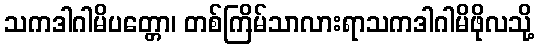
သကဒါဂါမိပတ္တော၊ တစ်ကြိမ်သာလားရာသကဒါဂါမိဖိုလသို့